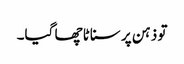
تو ذہن پر سناٹا چھا گیا۔